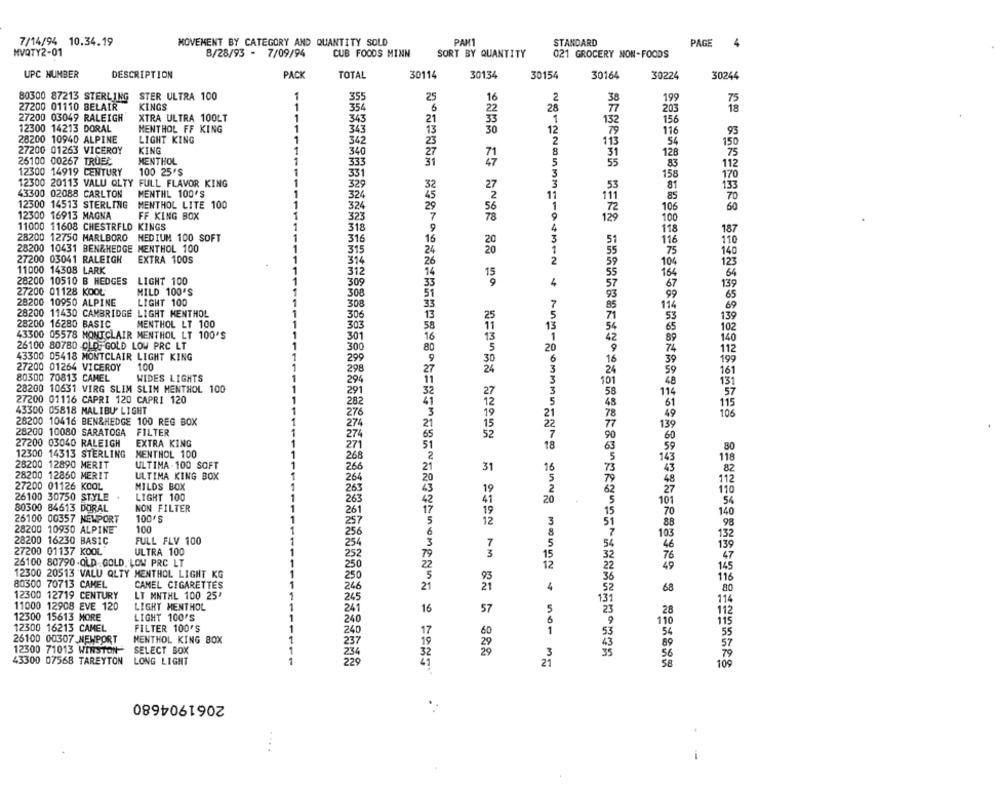
7/14/94 10.34.19
MOVEMENT BY CATEGORY AND QUANTITY SOLD
PAM1
STANDARD
PAGE
4
HVQTY2-01
8/28/93 - 7/09/94
CUB FOODS MINN
SORT BY QUANTITY
021 GROCERY NON-FOODS
UPC NUMBER
DESCRIPTION
PACK
TOTAL
30114
30134
30154
30164
30224
30244
80300 87213 STERLING
STER ULTRA 100
1
35
25
16
2
38
199
27200 01110 BELAIR
KINGS
1
354
6
28
203
18
27200 03049 RALEIGH
XTRA ULTRA 100LT
1
21
1
156
343
132
12300 14213 DORAL
MENTHOL FF KING
1
343
13
30
12
79
116
28200 10940 ALPINE
LIGHT KING
1
342
2
113
.54
27200 01263 VICEROY
KING
1
150
340
128
26100 00267 TRUEC
MENTHOL
1
333
83
112
12300 14919 CENTURY
100 25'S
1
331
158
170
1
12300 20113 VALU QLTY FULL FLAVOR KING
329
32
.53
81
133
43300 02088 CARLTON
MENTHL 100'S
1
324
85
12300 14513 STERLING
MENTHOL LITE 100
1
524
106
12300 16913 MAGNA
FF KING BOX
1
323
100
11000 11608 CHESTRFLD KINGS
1
318
118
187
28200 12750 MARLBORO
MEDIUM 100 SOFT
316
116
28200 10431 BEN&HEDGE MENTHOL 100
1
315
75
27200 03041 RALEIGH
EXTRA 100s
104
11000 14308 LARK
1
312
164
28200 10510 B HEDGES
LIGHT 100
305
4
67
27200 01128 KOOL
MILD 100'S
1623 30 714 272562 2020 159
308
28200 10950 ALPINE
LIGHT 100
30
28200 11430 CAMBRIDGE LIGHT MENTHOL
28200 16280 BASIC
MENTHOL LT 100
306
303
43300 05578 MONTCLAIR MENTHOL LT 100'S
301
26100 80780 DID. GOLD LOW PRC LT
300
112
43300 05418 MONTCLAIR LIGHT KING
299
199
27200 01264 VICEROY
100
298
80300 70813 CAMEL
WIDES LIGHTS
294
28200 10631 VIRG SLIM SLIN MENTHOL 100
291
27200 01116 CAPRI 120 CAPRI 120
11
43300 05818 MALIBU" LIGHT
282
276
别别为110370的 1101亿从图66651101166511
28200 10416 BEN&HEDGE 100 REG BOX
274
28200 10080 SARATOGA FILTER
274
27200 03040 RALEIGH
EXTRA KING
271
12300 14313 STERLING
MENTHOL 100
268
28200 12890 MERIT
ULTIMA - 100 SOFT
266
31
.82
28200 12860 MERIT
ULTIMA KING BOX
264
27200 01126 KOOL
MILDS BOX
19
263
110
26100 30750 STYLE
LIGHT 100
263
20
80300 84613 DORAL
NON FILTER
261
26100 00357 NEWPORT
100'S
100
12
98
28200 10930 ALPINE
10
132
28200 16230 BASIC
FULL FLV 100
27200 01137 KOOL
ULTRA 100
26100 80790 -OLD GOLD, LOW PRC LT
12
49
12300 20513 VALU QLTY MENTHOL LIGHT KG
80300 70713 CAMEL
CANEL CIGARETTES
1
21
4
68
12300 12719 CENTURY
LT MNTHL 100 25"
1
11000 12908 EVE 120
1
245
LIGHT MENTHOL
241
16
57
12300 15613 MORE
LIGHT 100'S
1
240
12300 16213 CAMEL
FILTER 100'S
1
1
24
26100 00307 NEWPORT
NENTHOL KING BOX
1
237
12300 71013 WINSTON-
SELECT BOX
3
43300 07568 TAREYTON
A SION AM 25 5 822
LONG LIGHT
229
2623각각3 262979162426%35312160092112413216512212032156372521 16 1719224.
21
NONNONAME-OSMEN + NAM-ROAMINGAND OANg mongy + not
2061904680
...